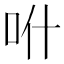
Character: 𠯰